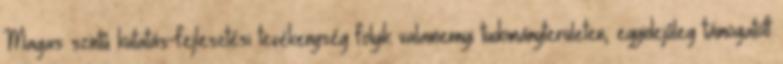
Magas szintû kutatás-fejlesztési tevékenység folyik valamennyi tudományterületen, egyidejûleg támogatott